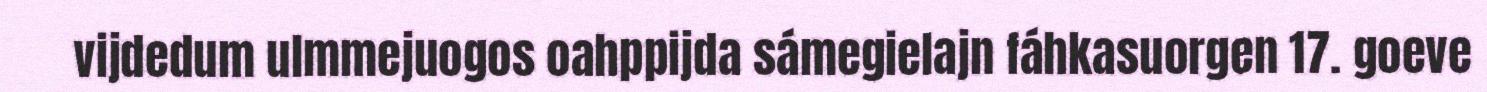
vijdedum ulmmejuogos oahppijda sámegielajn fáhkasuorgen 17. goeve